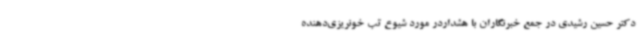
دکتر حسین رشیدی در جمع خبرنگاران با هشداردر مورد شیوع تب خونریزی‌دهنده